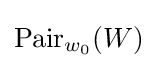
\operatorname {Pair} _{w_{0}}(W)